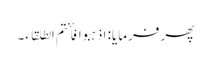
پھر فرمایا: اذہبوا فأنتم الطلقاء۔